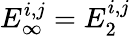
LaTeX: E_{\infty}^{i,j}=E_{2}^{i,j}